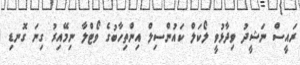
ރައީސް ނަޝީދު ވިދާޅުވީ ލޯކަލް ކައުންސިލް އިންތިހާބުގެ ވޯޓްލާ ނިމޭއިރު ގިނަ ގޮނޑި